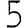
Digit: 5